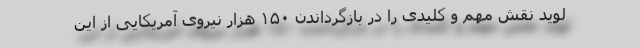
لوید نقش مهم و کلیدی را در بازگرداندن ۱۵۰ هزار نیروی آمریکایی از این